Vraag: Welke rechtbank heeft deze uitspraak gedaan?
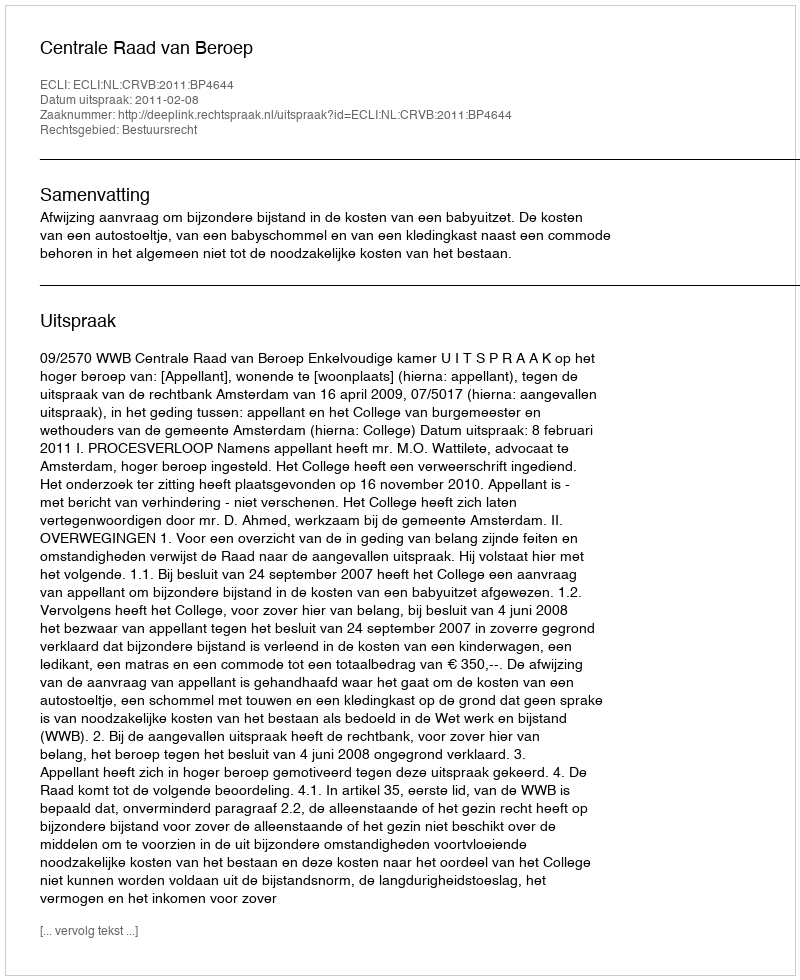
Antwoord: Centrale Raad van Beroep